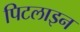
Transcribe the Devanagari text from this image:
पिटलाइन